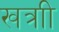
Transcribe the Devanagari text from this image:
खत्राी